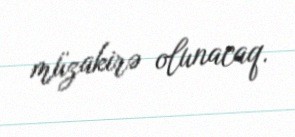
müzakirə olunacaq.